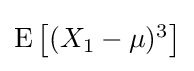
{\textstyle \operatorname {E} \left[(X_{1}-\mu )^{3}\right]}